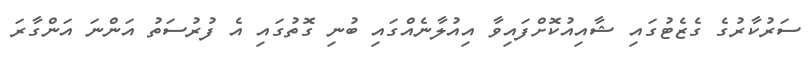
ސަރުކާރުގެ ގެޒެޓުގައި ޝާއިއުކޮށްފައިވާ އިއުލާނެއްގައި ބުނި ގޮތުގައި އެ ފުރުސަތު އަންނަ އަންގާރަ